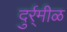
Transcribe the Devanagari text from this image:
दुर्र्मीळ